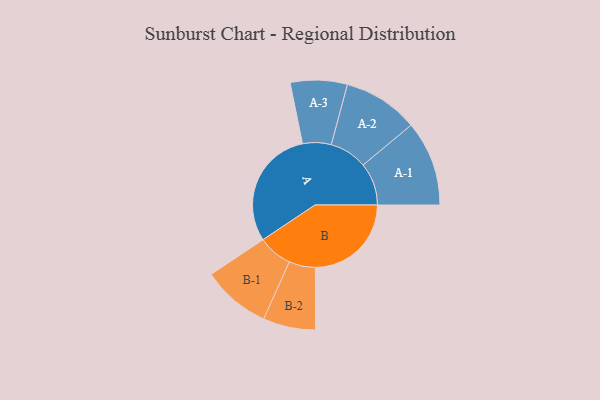
{"axis": {"x": "Segment", "y": "Value"}, "legend": ["", "A", "B"], "data": [{"x": "A", "y": 494, "type": ""}, {"x": "B", "y": 395, "type": ""}, {"x": "A-1", "y": 175, "type": "A"}, {"x": "A-2", "y": 155, "type": "A"}, {"x": "A-3", "y": 117, "type": "A"}, {"x": "B-1", "y": 141, "type": "B"}, {"x": "B-2", "y": 108, "type": "B"}]}